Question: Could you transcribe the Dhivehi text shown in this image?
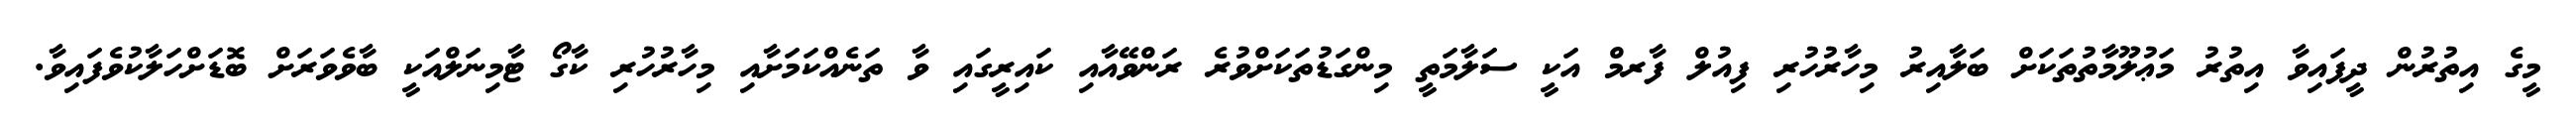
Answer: މީގެ އިތުރުން ދީފައިވާ އިތުރު މަޢުލޫމާތުތަކަށް ބަލާއިރު މިހާރުހުރި ފިއުލް ފާރމް އަކީ ސަލާމަތީ މިންގަޑުތަކަށްވުރެ ރަންވޭއާއި ކައިރީގައި ވާ ތަނެއްކަމަށާއި މިހާރުހުރި ކާގޯ ޓާމިނަލްއަކީ ބާވެވަރަށް ބޮޑަށްހަލާކުވެފައިވާ.